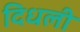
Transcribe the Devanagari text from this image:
दिधली